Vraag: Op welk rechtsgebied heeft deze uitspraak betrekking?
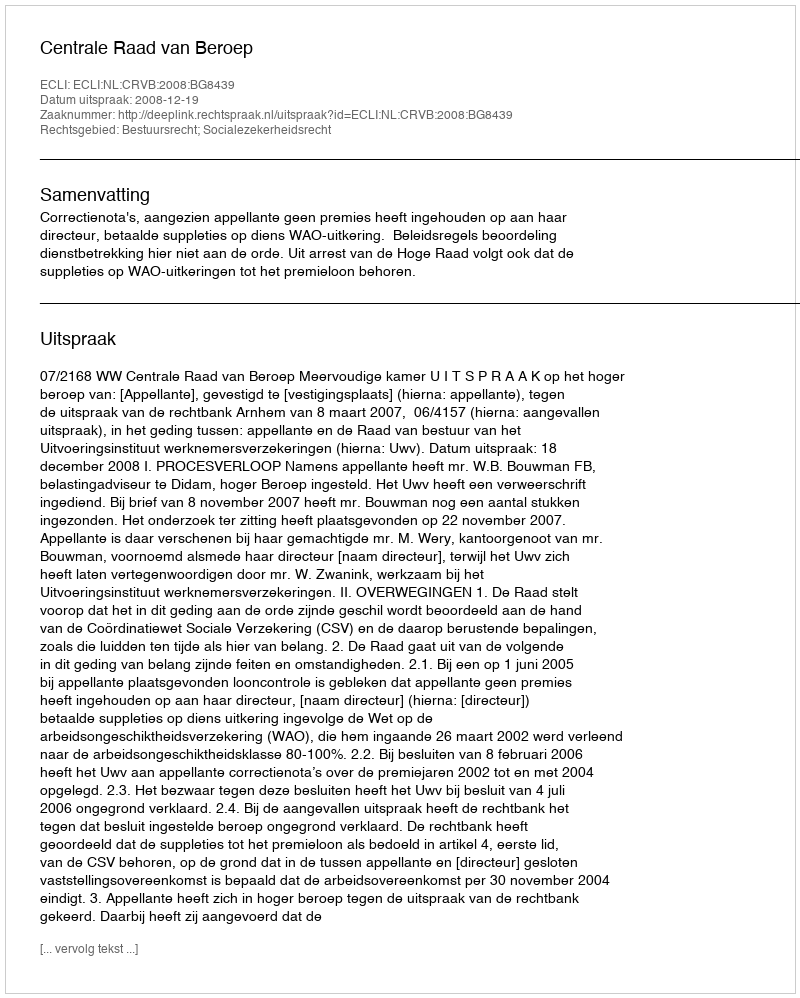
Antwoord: Bestuursrecht; Socialezekerheidsrecht